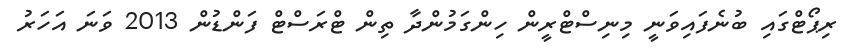
ރިޕޯޓްގައި ބުނެފައިވަނީ މިނިސްޓްރީން ހިންގަމުންދާ ތިން ޓްރަސްޓް ފަންޑުން 2013 ވަނަ އަހަރު